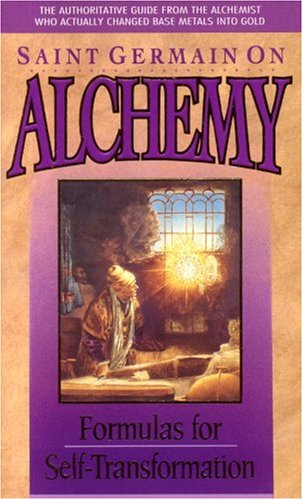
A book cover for Saint Germain on Alchemy: Formulas For Self-Transformation; Saint Germain; Religion & Spirituality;